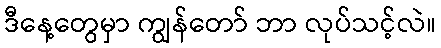
ဒီနေ့တွေမှာ ကျွန်တော် ဘာ လုပ်သင့်လဲ။